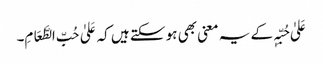
عَلیٰ حُبِّہٖ کے یہ معنی بھی ہو سکتے ہیں کہ عَلیٰ حُبِّ الطَّعَامِ۔